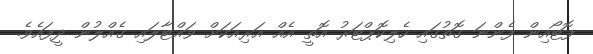
ފޮޓޯއިން ފެންނަ ގޮތުގައި ހެލިކޮޕްޓަރު އޮތީ އެއް އަރިއަކަށް ވައްޓާލައި ގެއްލުން ދީފައެވެ.